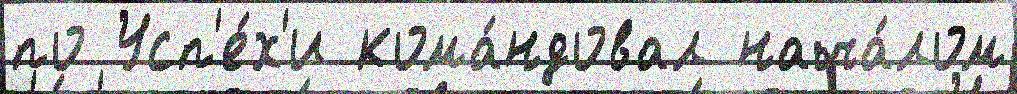
по Усп'е́х'и кома́ндовал нача́лом